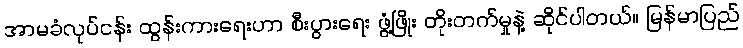
အာမခံလုပ်ငန်း ထွန်းကားရေးဟာ စီးပွားရေး ဖွံ့ဖြိုး တိုးတက်မှုနဲ့ ဆိုင်ပါတယ်။ မြန်မာပြည်